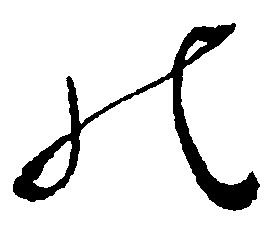
の